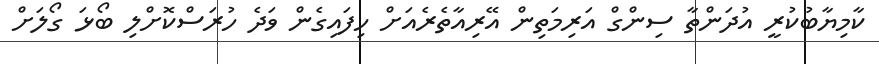
ކާމިޔާބުކުރީ އުދަންތާ ސިންގް އަރިމަތިން އޭރިއާތެރެއަށް ހިފައިގެން ވަދެ ހުރަސްކޮށްލި ބޯޅަ ގޯލަށް